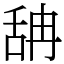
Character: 舑